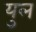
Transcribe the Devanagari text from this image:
युल